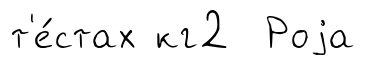
т'е́стах кг2 Роjа